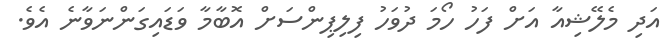
އަދި މެލޭޝިއާ އަށް ފަހު ހޯމަ ދުވަހު ފިލިޕިންސަށް އޮބާމާ ވަޑައިގަންނަވާނެ އެވެ.